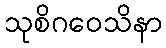
သုစိဂဝေသိနာ